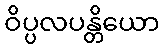
ဝိပ္ပလပန္တိယော